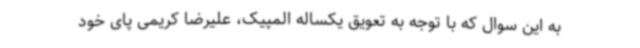
به این سوال که با توجه به تعویق یکساله المپیک، علیرضا کریمی پای خود